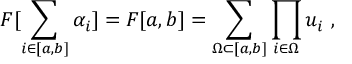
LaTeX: F [ \sum _ { i \in [ a , b ] } \alpha _ { i } ] = F [ a , b ] = \sum _ { \Omega \subset [ a , b ] } \prod _ { i \in \Omega } u _ { i } \ ,